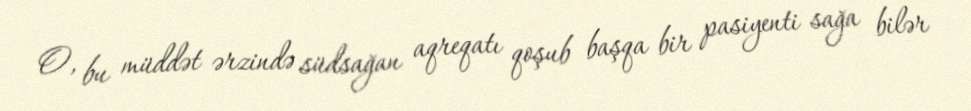
O, bu müddət ərzində südsağan aqreqatı qoşub başqa bir pasiyenti sağa bilər